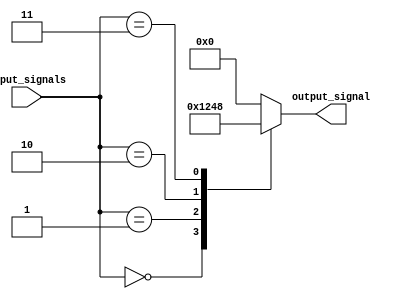
module generate_function(input [3:0] input_signals, output reg [3:0] output_signal);

always @(*)
begin
    case (input_signals)
        4'd0: output_signal = 4'b0001;
        4'd1: output_signal = 4'b0010;
        4'd2: output_signal = 4'b0100;
        4'd3: output_signal = 4'b1000;
        default: output_signal = 4'b0000;
    endcase
end

endmodule